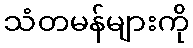
သံတမန်များကို